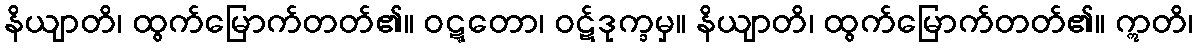
နိယျာတိ၊ ထွက်မြောက်တတ်၏။ ဝဋ္ဋတော၊ ဝဋ်ဒုက္ခမှ။ နိယျာတိ၊ ထွက်မြောက်တတ်၏။ ဣတိ၊